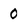
Character: 0